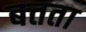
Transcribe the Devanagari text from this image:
बतता